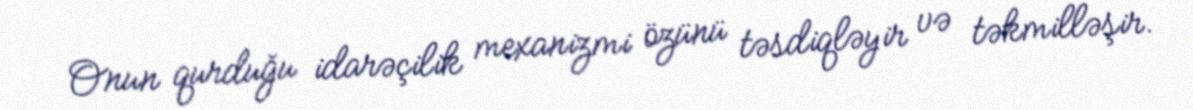
Onun qurduğu idarəçilik mexanizmi özünü təsdiqləyir və təkmilləşir.